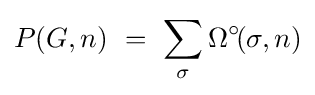
P(G,n)\ =\ \sum _{\sigma }\Omega ^{\circ }\!(\sigma ,n)